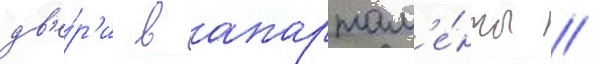
дв'е́р'и в апартам'е́нты /